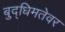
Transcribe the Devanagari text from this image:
बुद्धिमतेवर